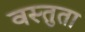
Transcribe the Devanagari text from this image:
वस्तुता